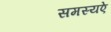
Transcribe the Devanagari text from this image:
समस्यऐ